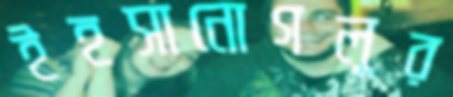
ইহসানোগলুর